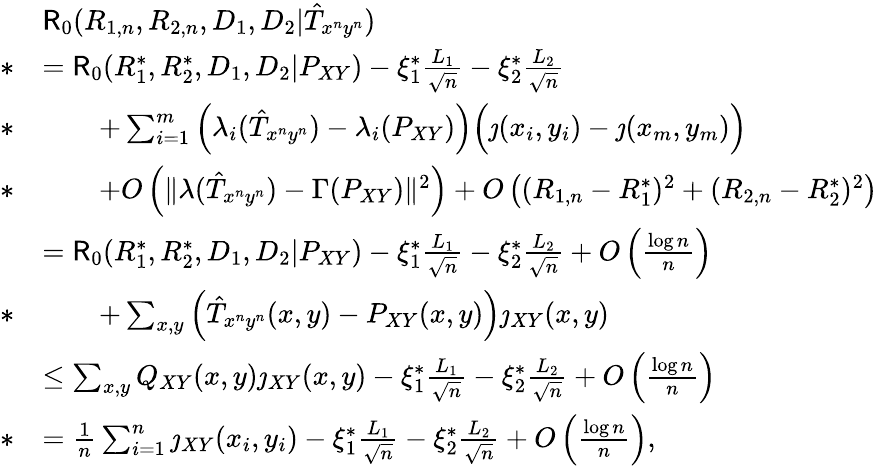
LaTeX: \begin{array}{rl}&{\mathsf{R}_{0}(R_{1,n},R_{2,n},D_{1},D_{2}|\hat{T}_{x^{n}y^{n}})}\\ {*}&{=\mathsf{R}_{0}(R_{1}^{*},R_{2}^{*},D_{1},D_{2}|P_{XY})-\xi_{1}^{*}\frac{L_{1}}{\sqrt{n}}-\xi_{2}^{*}\frac{L_{2}}{\sqrt{n}}}\\ {*}&{\qquad+\sum_{i=1}^{m}\left(\lambda_{i}(\hat{T}_{x^{n}y^{n}})-\lambda_{i}(P_{XY})\right)\Big(\jmath(x_{i},y_{i})-\jmath(x_{m},y_{m})\Big)}\\ {*}&{\qquad+O\left(\| \lambda(\hat{T}_{x^{n}y^{n}})-\Gamma(P_{XY})\| ^{2}\right)+O\left((R_{1,n}-R_{1}^{*})^{2}+(R_{2,n}-R_{2}^{*})^{2}\right)}\\ &{=\mathsf{R}_{0}(R_{1}^{*},R_{2}^{*},D_{1},D_{2}|P_{XY})-\xi_{1}^{*}\frac{L_{1}}{\sqrt{n}}-\xi_{2}^{*}\frac{L_{2}}{\sqrt{n}}+O\left(\frac{\log n}{n}\right)}\\ {*}&{\qquad+\sum_{x,y}\left(\hat{T}_{x^{n}y^{n}}(x,y)-P_{XY}(x,y)\right)\jmath_{XY}(x,y)}\\ &{\leq\sum_{x,y}Q_{XY}(x,y)\jmath_{XY}(x,y)-\xi_{1}^{*}\frac{L_{1}}{\sqrt{n}}-\xi_{2}^{*}\frac{L_{2}}{\sqrt{n}}+O\left(\frac{\log n}{n}\right)}\\ {*}&{=\frac{1}{n}\sum_{i=1}^{n}\jmath_{XY}(x_{i},y_{i})-\xi_{1}^{*}\frac{L_{1}}{\sqrt{n}}-\xi_{2}^{*}\frac{L_{2}}{\sqrt{n}}+O\left(\frac{\log n}{n}\right),}\end{array}